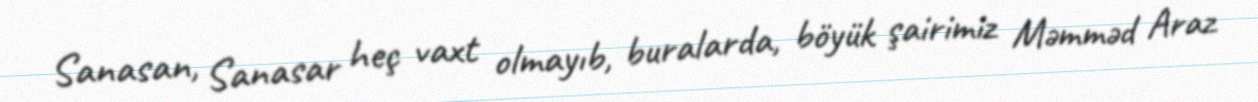
Sanasan, Sanasar heç vaxt olmayıb, buralarda, böyük şairimiz Məmməd Araz